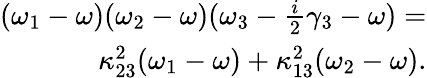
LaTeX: \begin{array}{r}{(\omega_{1}-\omega)(\omega_{2}-\omega)(\omega_{3}-\frac{i}{2}\gamma_{3}-\omega)=}\\ {\kappa_{23}^{2}(\omega_{1}-\omega)+\kappa_{13}^{2}(\omega_{2}-\omega).}\end{array}